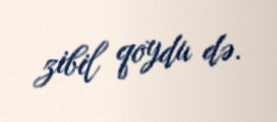
zibil qoydu də.